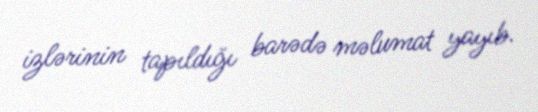
izlərinin tapıldığı barədə məlumat yayıb.